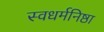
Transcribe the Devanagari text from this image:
स्वधर्मनिष्ठा